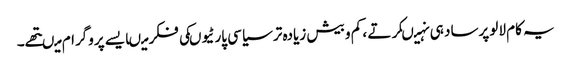
یہ کام لالو پرساد ہی نہیںکرتے ، کم و بیش زیادہ تر سیاسی پارٹیوںکی فکر میںایسے پروگرام میںتھے۔